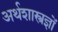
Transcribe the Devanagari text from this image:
अर्थशास्त्रज्ञों